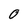
Character: O